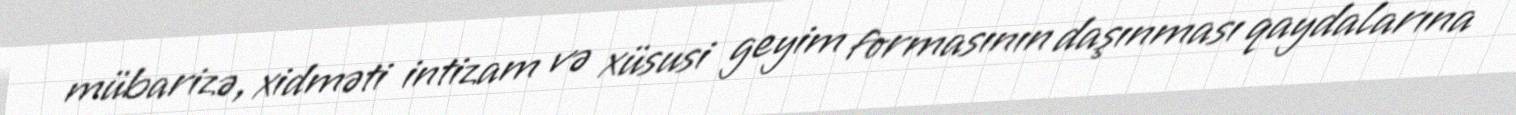
mübarizə, xidməti intizam və xüsusi geyim formasının daşınması qaydalarına